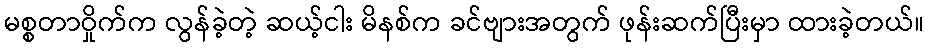
မစ္စတာဝှိုက်က လွန်ခဲ့တဲ့ ဆယ့်ငါး မိနစ်က ခင်ဗျားအတွက် ဖုန်းဆက်ပြီးမှာ ထားခဲ့တယ်။